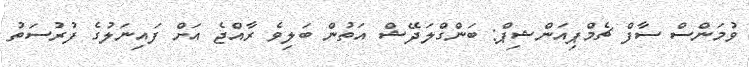
ވުމަންސް ސާފް ޗެމްޕިއަންޝިޕް: ބަންގްލަދޭޝް އަތުން ބަލިވެ ރާއްޖެ އަށް ފައިނަލުގެ ފުރުސަތު